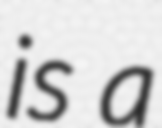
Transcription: is a